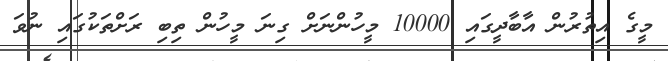
މީގެ އިތުރުން އާބާދީގައި 10000 މީހުންނަށް ގިނަ މީހުން ތިބި ރަށްތަކުގައި ނުވަ